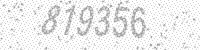
Solution: 819356